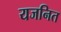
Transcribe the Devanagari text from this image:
यजनित